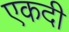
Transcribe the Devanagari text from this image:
एकदी